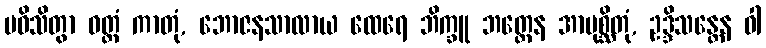
ပဝိသိတွာ ဝတ္တံ ကာတုံ, ဘောဇနသာလာယ ထေရေ ဘိက္ခူ ဘတ္တေန အာပုစ္ဆိတုံ, ဥဒ္ဒိသန္တေန ဝါ